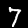
Digit: 7